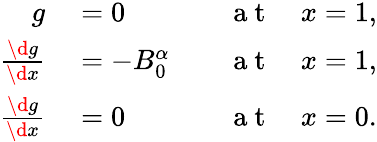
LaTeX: \begin{array}{rlrl}{g}&{{}=0}&{}&{{}\mathrm{~a~t~}\quad x=1,}\\ {\frac{\d g}{\d x}}&{{}=-B_{0}^{\alpha}}&{}&{{}\mathrm{~a~t~}\quad x=1,}\\ {\frac{\d g}{\d x}}&{{}=0}&{}&{{}\mathrm{~a~t~}\quad x=0.}\end{array}